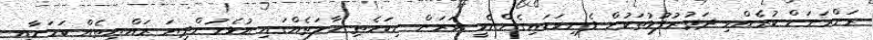
ރަށްރަށަށް ކުރެއްވި ދަތުރުފުޅުތަކުން ފެނިވަޑައިގެންނެވީ ވަރަށް ނިކަމެތި ހާލަތެއްގައި އުޅެމުންދިޔަ ރައްޔިތެއް ކަމަށާއި